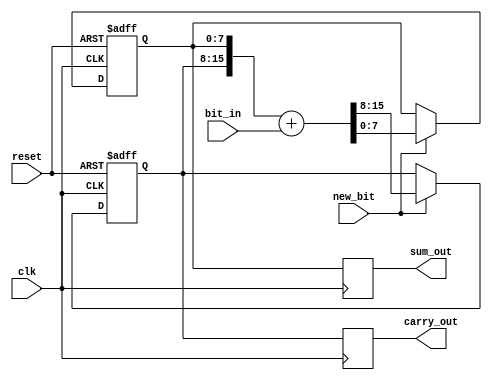
module CarrySaveAdder (
    input wire clk,          // Clock signal
    input wire reset,        // Reset signal
    input wire new_bit,      // Control signal indicating a new bit is available
    input wire bit_in,       // Serial input bit
    output reg [7:0] sum_out, // Sum output (adjust width as needed)
    output reg [7:0] carry_out // Carry output (adjust width as needed)
);

    // Internal registers to hold the current sum and carry values
    reg [7:0] sum_reg;      // Register for the current sum
    reg [7:0] carry_reg;    // Register for the current carry
    reg [3:0] bit_count;    // Counter for the number of bits processed

    // Initialize registers
    always @(posedge clk or posedge reset) begin
        if (reset) begin
            sum_reg <= 8'b0;  // Reset sum to 0
            carry_reg <= 8'b0; // Reset carry to 0
            bit_count <= 4'b0; // Reset bit counter
        end else if (new_bit) begin
            // Compute new sum and carry based on the current input bit
            {carry_reg, sum_reg} <= {carry_reg, sum_reg} + {7'b0, bit_in}; // Add new bit to sum
            bit_count <= bit_count + 1; // Increment bit counter
        end
    end

    // Output assignments
    always @(posedge clk) begin
        sum_out <= sum_reg;    // Update sum output
        carry_out <= carry_reg; // Update carry output
    end

endmodule